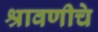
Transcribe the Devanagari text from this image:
श्रावणीचे